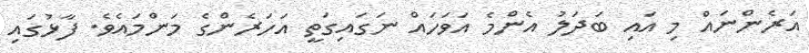
އަރެންނައް މި އައި ބަދަލު އެންމެ އަވަހައް ނަގައިގަތީ އަހަރެންގެ މަންމައެވެ. ފާޅުގައި